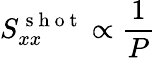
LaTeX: S_{xx}^{\mathrm{~s~h~o~t~}}\propto\frac{1}{P}